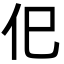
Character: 㐶